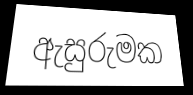
ඇසුරුමක